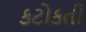
કટોકતી